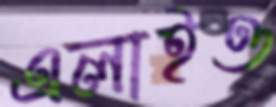
এলাইও